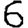
Digit: 6